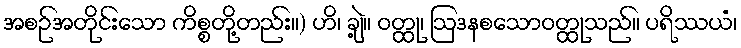
အစဉ်အတိုင်းသော ကိစ္စတို့တည်း။) ဟိ၊ ချဲ့။ ဝတ္ထု၊ ဩဒနစသောဝတ္ထုသည်။ ပရိဿယံ၊